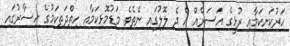
ހަރުކަށިކަމާއި ރުޅީގެ އަސަރެއް އެ ދެ ލޮލުގައި ނެތެވެ. މަޑުމޮޅިކަމާއި ހިތްދަތިކަމުގެ ހިސާރުގައި